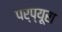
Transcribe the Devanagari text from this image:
पर्प्यूरा